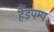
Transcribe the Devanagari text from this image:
हैंडपम्प